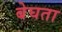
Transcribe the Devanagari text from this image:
बेघता